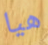
هيا